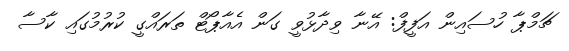
ޗަމްޕާ ހުސައިން އަފީފް: އޭނާ ވިދާޅުވީ ގަން އެއާޕޯޓް ތަރައްގީ ކުރުމުގައި ކާސާ